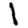
Digit: 1